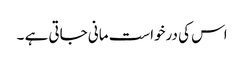
اس کی درخواست مانی جاتی ہے ۔